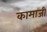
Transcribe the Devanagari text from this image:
कामाजी